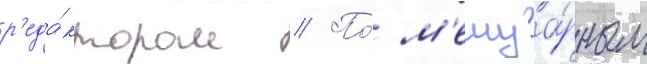
р'еда́ктором // По́ м'емуа́рным